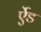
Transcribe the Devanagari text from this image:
र्एेड